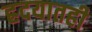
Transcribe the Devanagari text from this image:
ह्रदयातही